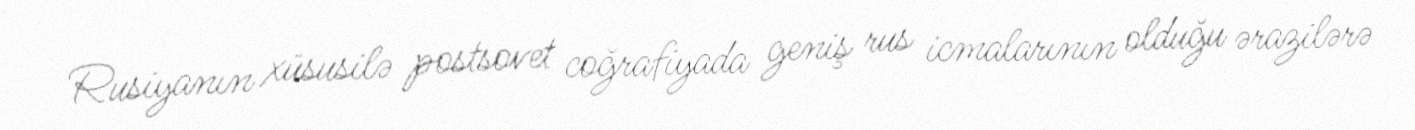
Rusiyanın xüsusilə postsovet coğrafiyada geniş rus icmalarının olduğu ərazilərə